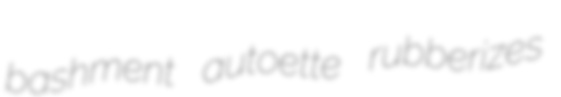
bashment autoette rubberizes